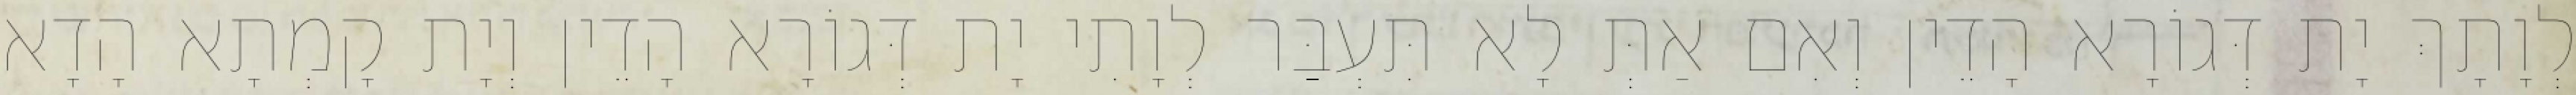
לְוָתָךְ יָת דְּגוֹרָא הָדֵין וְאִם אַתְּ לָא תִּעְבַּר לְוָתִי יָת דְּגוֹרָא הָדֵין וְיָת קָמְתָא הָדָא